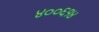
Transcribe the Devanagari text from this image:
४००६१४